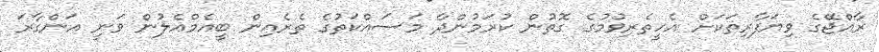
ރާއްޖޭގެ ވިޔަފާރިތަކަށް އެހީތެރިވުމުގެ ގޮތުން ކުރަމުންދާ މަސައްކަތުގެ ތެރެއިން ބީއެމްއެލުން ވަނީ އަންގާރަ